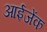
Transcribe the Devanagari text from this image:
आईजेंक